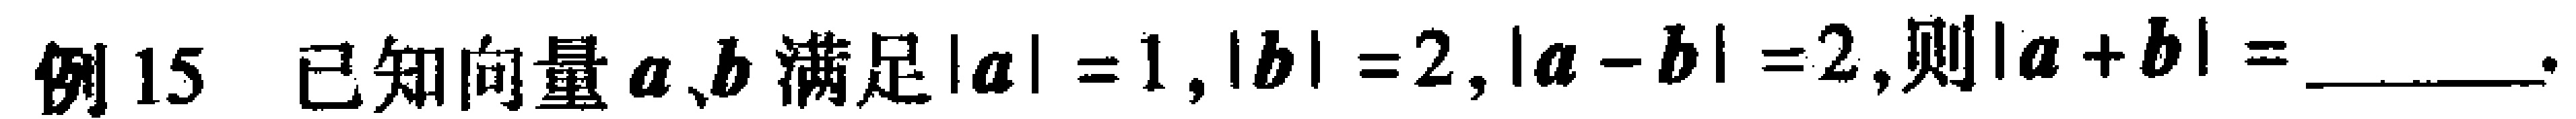
例15，已知向量$\boldsymbol{a}、\boldsymbol{b}$满足$|\boldsymbol{a}| = 1,|\boldsymbol{b}| = 2,|\boldsymbol{a}-\boldsymbol{b}| = 2,则|\boldsymbol{a}+\boldsymbol{b}| = \_\_\_\_.$